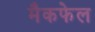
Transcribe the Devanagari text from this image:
मैकफेल